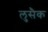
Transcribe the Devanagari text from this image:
लुसैक